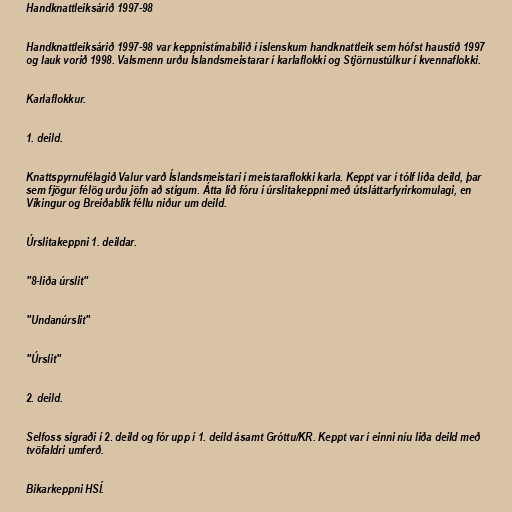
Handknattleiksárið 1997-98

Handknattleiksárið 1997-98 var keppnistímabilið í íslenskum handknattleik sem hófst haustið 1997
og lauk vorið 1998. Valsmenn urðu Íslandsmeistarar í karlaflokki og Stjörnustúlkur í kvennaflokki.

Karlaflokkur.

1. deild.

Knattspyrnufélagið Valur varð Íslandsmeistari í meistaraflokki karla. Keppt var í tólf liða deild, þar
sem fjögur félög urðu jöfn að stigum. Átta lið fóru í úrslitakeppni með útsláttarfyrirkomulagi, en
Víkingur og Breiðablik féllu niður um deild.

Úrslitakeppni 1. deildar.

"8-liða úrslit"

"Undanúrslit"

"Úrslit"

2. deild.

Selfoss sigraði í 2. deild og fór upp í 1. deild ásamt Gróttu/KR. Keppt var í einni níu liða deild með
tvöfaldri umferð.

Bikarkeppni HSÍ.